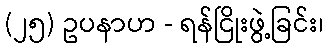
(၂၅) ဥပနာဟ - ရန်ငြိုးဖွဲ့ခြင်း၊